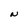
Character: N